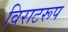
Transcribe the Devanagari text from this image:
विराटरूप